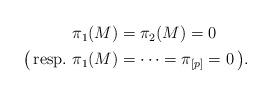
LaTeX: \begin{align*} \begin{aligned}\pi_1 (M) & = \pi_2 (M) = 0\\\big (\operatorname{resp.}\, \pi_1(M) & = \cdots = \pi _{[p]} = 0\, \big ).\end{aligned} \end{align*}